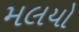
મલયો